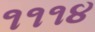
૧૧૧૪